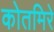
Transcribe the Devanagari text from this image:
कोतमिरे